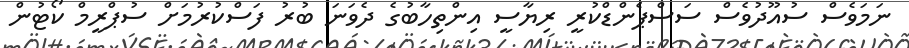
ނަމަވެސް ސުއޫދުވެސް ސަސްޕެންޑްކުރީ ރިޔާސީ އިންތިހާބުގެ ދެވަނަ ބުރު ފަސްކުރުމަށް ސުޕްރީމް ކޯޓުން